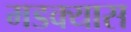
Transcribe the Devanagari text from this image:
मडक्यास